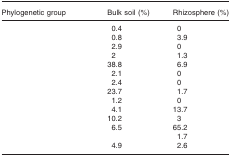
<table><thead><tr><td><b>Phylogenetic group</b></td><td><b>Bulk soil (%)</b></td><td><b>Rhizosphere (%)</b></td></tr></thead><tbody><tr><td>[EMPTY_CELL]</td><td>0.4</td><td>0</td></tr><tr><td>[EMPTY_CELL]</td><td>0.8</td><td>3.9</td></tr><tr><td>[EMPTY_CELL]</td><td>2.9</td><td>0</td></tr><tr><td>[EMPTY_CELL]</td><td>2</td><td>1.3</td></tr><tr><td>[EMPTY_CELL]</td><td>38.8</td><td>6.9</td></tr><tr><td>[EMPTY_CELL]</td><td>2.1</td><td>0</td></tr><tr><td>[EMPTY_CELL]</td><td>2.4</td><td>0</td></tr><tr><td>[EMPTY_CELL]</td><td>23.7</td><td>1.7</td></tr><tr><td>[EMPTY_CELL]</td><td>1.2</td><td>0</td></tr><tr><td>[EMPTY_CELL]</td><td>4.1</td><td>13.7</td></tr><tr><td>[EMPTY_CELL]</td><td>10.2</td><td>3</td></tr><tr><td>[EMPTY_CELL]</td><td>6.5</td><td>65.2</td></tr><tr><td>[EMPTY_CELL]</td><td>[EMPTY_CELL]</td><td>1.7</td></tr><tr><td>[EMPTY_CELL]</td><td>4.9</td><td>2.6</td></tr></tbody></table>